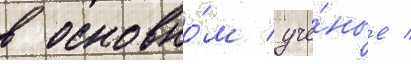
в основно́м учё́ные /